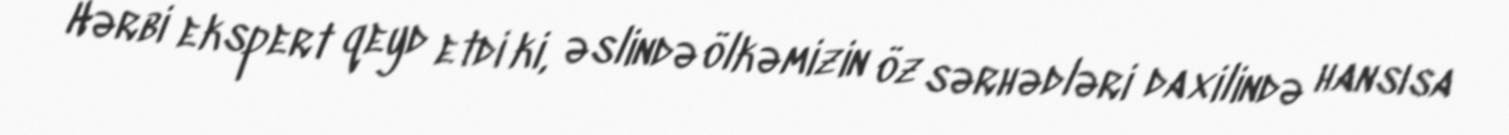
Hərbi ekspert qeyd etdi ki, əslində ölkəmizin öz sərhədləri daxilində hansısa